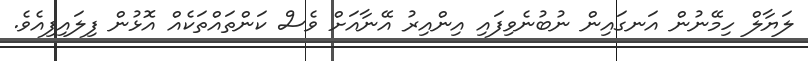
ލަޔާލް ހިމޭނުން އަނގައިން ނުބުނެވިފައި އިންއިރު އޭނާއަށް ވެސް ކަންތައްތަކެއް އޮޅުން ފިލައިފިއެވެ.